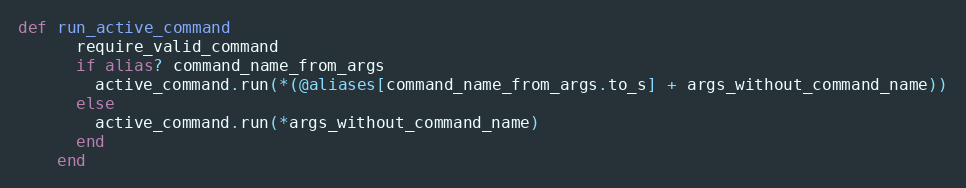
Language: Ruby
def run_active_command
      require_valid_command
      if alias? command_name_from_args
        active_command.run(*(@aliases[command_name_from_args.to_s] + args_without_command_name))
      else
        active_command.run(*args_without_command_name)
      end
    end